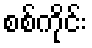
စစ်ကိုင်း